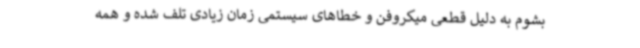
بشوم به دلیل قطعی میکروفن و خطاهای سیستمی زمان زیادی تلف شده و همه